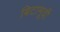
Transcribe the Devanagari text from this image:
बिटामूवी